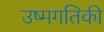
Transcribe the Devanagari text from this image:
उष्मगतिकी